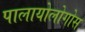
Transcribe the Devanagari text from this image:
पालायोलोगोस